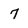
Character: 7